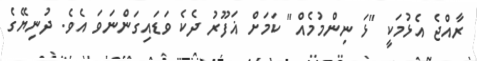
ރާއްޖެ އެޅުމަކީ "ޅަ ނިންމުމެއް" ކަމަށް ޣަފޫރު ދެކެ ވަޑައިގަންނަވަ އެވެ. ދުނިޔޭގެ